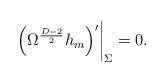
LaTeX: \begin{align*} \left.\left( \Omega^{{D-2} \over 2} h_m \right)'\right|_{\Sigma} = 0.\end{align*}